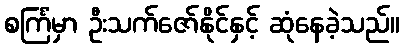
စင်္ကြံမှာ ဦးသက်ဇော်နိုင်နှင့် ဆုံနေခဲ့သည်။